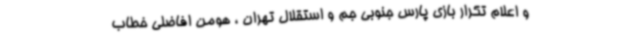
و اعلام تکرار بازی پارس جنوبی جم و استقلال تهران ، هومن افاضلی خطاب